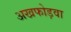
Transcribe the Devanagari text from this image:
अखफोड़वा